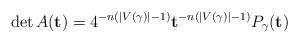
LaTeX: \begin{align*} \det A(\mathbf{t}) = 4^{-n(|V(\gamma)| - 1)} \mathbf{t}^{-n(|V(\gamma)| - 1)} P_\gamma(\mathbf{t}) \end{align*}